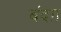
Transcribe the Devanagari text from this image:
बंदग़